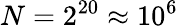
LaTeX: N=2^{20}\approx 10^{6}